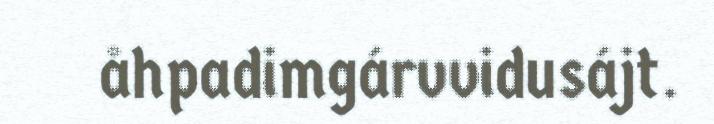
åhpadimgárvvidusájt.